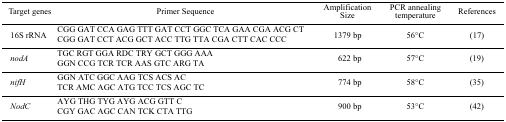
| Target genes | Primer Sequence | Amplification Size | PCR annealing temperature | References |
 | --- | --- | --- | --- | --- |
 | 16S rRNA | CGG GAT CCA GAG TTT GAT CCT GGC TCA GAA CGA ACG CTCGG GAT CCT ACG GCT ACC TTG TTA CGA CTT CAC CCC | 1379 bp | 56°C | (17) |
 | nodA | TGC RGT GGA RDC TRY GCT GGG AAAGGN CCG TCR TCR AAS GTC ARG TA | 622 bp | 57°C | (19) |
 | nifH | GGN ATC GGC AAG TCS ACS ACTCR AMC AGC ATG TCC TCS AGC TC | 774 bp | 58°C | (35) |
 | NodC | AYG THG TYG AYG ACG GTT CCGY GAC AGC CAN TCK CTA TTG | 900 bp | 53°C | (42) |